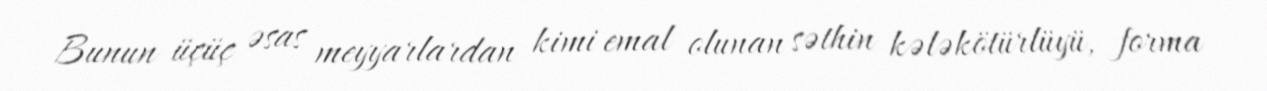
Bunun üçüç əsas meyyarlardan kimi emal olunan səthin kələkötürlüyü, forma